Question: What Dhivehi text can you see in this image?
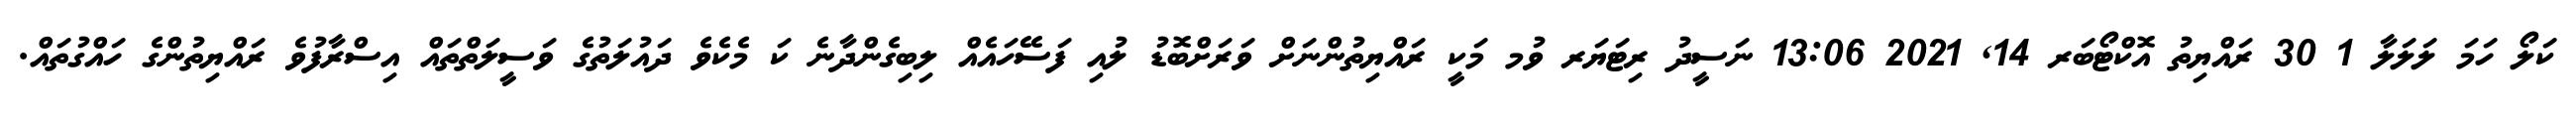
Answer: ކަލޯ ހަމަ ލަލަލާ 1 30 ރައްޔިތު އޮކްޓޯބަރ 14, 2021 13:06 ނަސީދު ރިޓަޔަރ ވުމ މަކީ ރައްޔިތުންނަށް ވަރަށްބޮޑު ލުއި ފަސޭހައެއް ލިބިގެންދާނެ ކަ މެކެވެ ދައުލަތުގެ ވަސީލަތްތައް އިސްރާފުވެ ރައްޔިތުންގެ ހައްގުތައް.